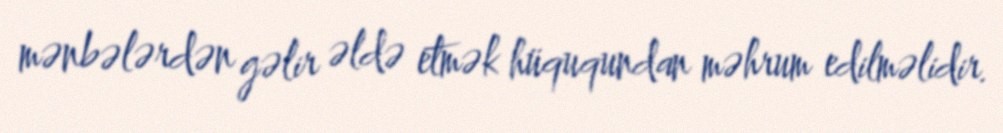
mənbələrdən gəlir əldə etmək hüququndan məhrum edilməlidir.